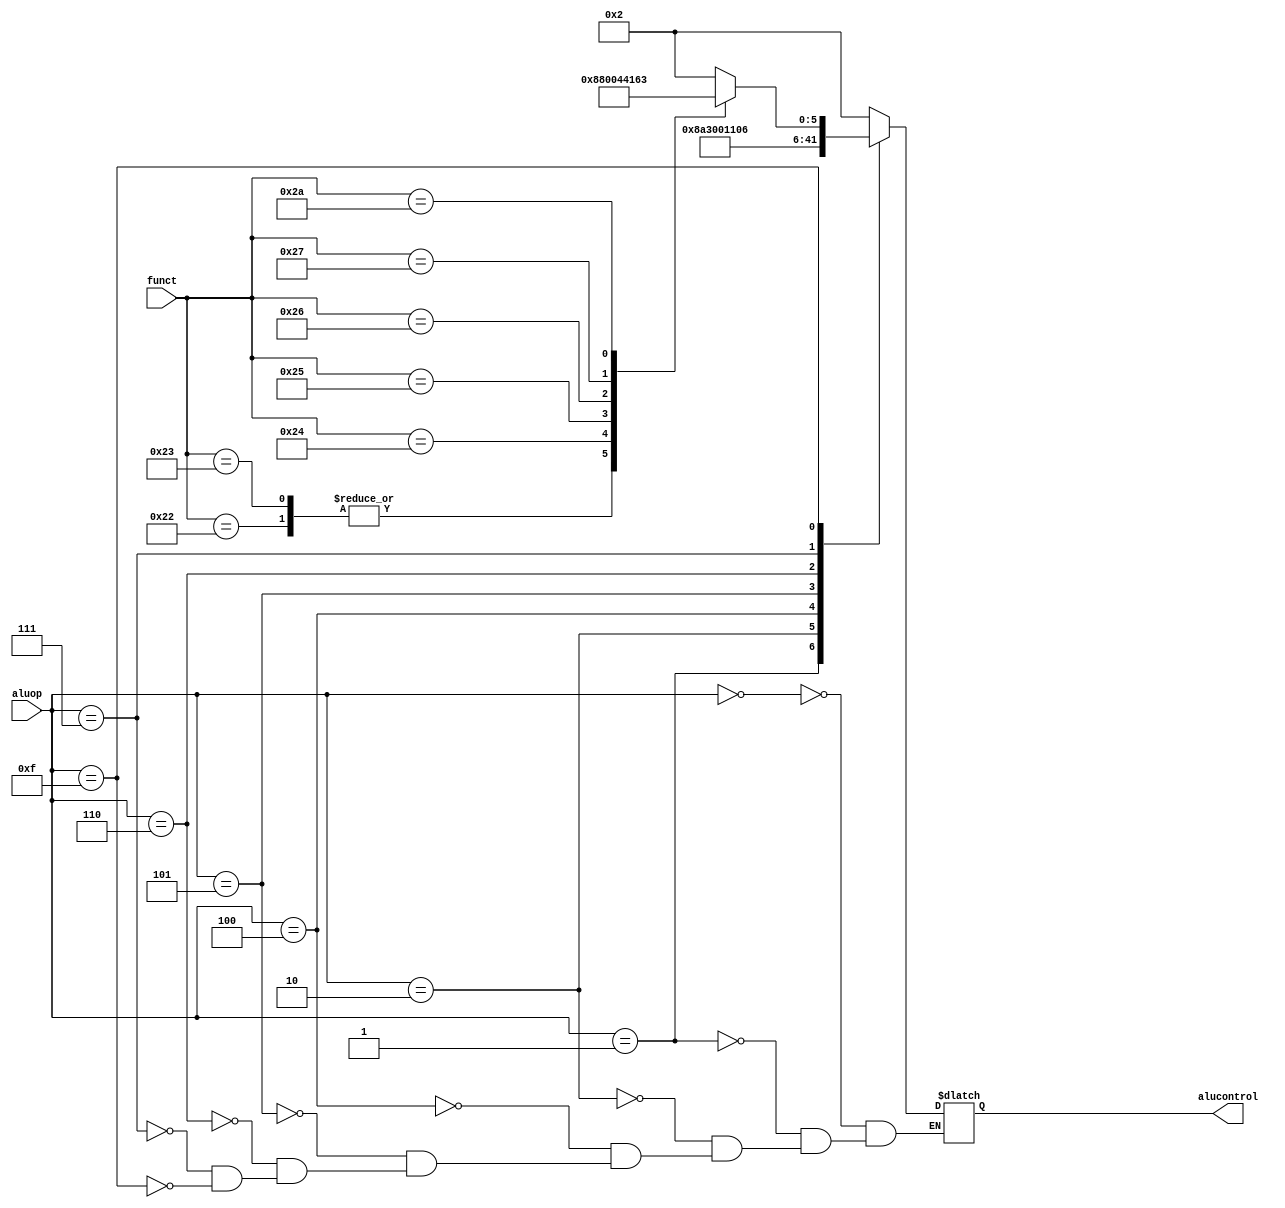
`timescale 1ns/1ps

module aludec(input      [5:0] funct,
              input      [3:0] aluop,
              output reg [5:0] alucontrol);

  always @(*)
    case(aluop)
      4'b0000: alucontrol = 6'b0_00010;  // ADDI
      4'b0001: alucontrol = 6'b1_00010;  // SUBI
      4'b0010: alucontrol = 6'b1_00011;  // SLTI
      4'b0100: alucontrol = 6'b0_00000;  // ANDI
      4'b0101: alucontrol = 6'b0_00001;  // ORI
      4'b0110: alucontrol = 6'b0_00100;  // XORI
      4'b0111: alucontrol = 6'b0_00110;  // LUI
      4'b1111: case(funct)         // RTYPE
          6'b100000: alucontrol = 6'b0_00010;  // ADD
          6'b100001: alucontrol = 6'b0_00010;  // ADDU
          6'b100010: alucontrol = 6'b1_00010;  // SUB
          6'b100011: alucontrol = 6'b1_00010;  // SUBU
          6'b100100: alucontrol = 6'b0_00000;  // AND
          6'b100101: alucontrol = 6'b0_00001;  // OR
          6'b100110: alucontrol = 6'b0_00100;  // XOR
          6'b100111: alucontrol = 6'b0_00101;  // NOR
          6'b101010: alucontrol = 6'b1_00011;  // SLT
				default: alucontrol = 6'bx_xxxxx;
        endcase      
    endcase
endmodule